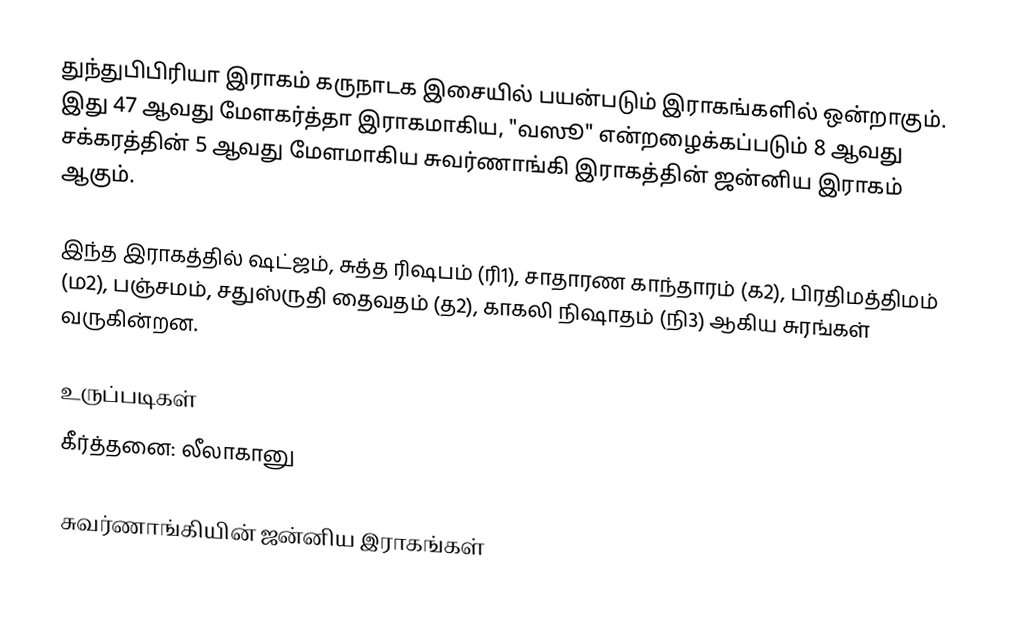
துந்துபிபிரியா இராகம் கருநாடக இசையில் பயன்படும் இராகங்களில் ஒன்றாகும். இது 47 ஆவது மேளகர்த்தா இராகமாகிய, "வஸூ" என்றழைக்கப்படும் 8 ஆவது சக்கரத்தின் 5 ஆவது மேளமாகிய சுவர்ணாங்கி இராகத்தின் ஜன்னிய இராகம் ஆகும்.

இந்த இராகத்தில் ஷட்ஜம், சுத்த ரிஷபம் (ரி1), சாதாரண காந்தாரம் (க2), பிரதிமத்திமம் (ம2), பஞ்சமம், சதுஸ்ருதி தைவதம் (த2), காகலி நிஷாதம் (நி3) ஆகிய சுரங்கள் வருகின்றன.

உருப்படிகள்
 கீர்த்தனை: லீலாகானு

சுவர்ணாங்கியின் ஜன்னிய இராகங்கள்